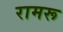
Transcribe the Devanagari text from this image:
रामरू